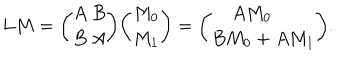
LaTeX: L M = { \binom { A \ B } { B \ A } } { \binom { M _ { 0 } } { M _ { 1 } } } = { \binom { A M _ { 0 } \ \quad } { B M _ { 0 } + A M _ { 1 } } } .